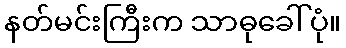
နတ်မင်းကြီးက သာဓုခေါ်ပုံ။